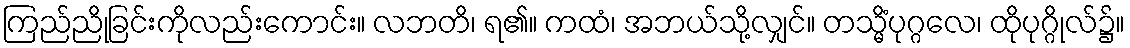
ကြည်ညိုခြင်းကိုလည်းကောင်း။ လဘတိ၊ ရ၏။ ကထံ၊ အဘယ်သို့လျှင်။ တသ္မိံပုဂ္ဂလေ၊ ထိုပုဂ္ဂိုလ်၌။